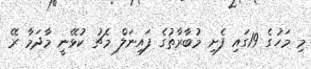
މި މަހުގެ 19ގައި ފެށި މުބާރާތުގެ ފައިނަލް މެޗު ކުޅޭނީ މާދަމާ ރޭ